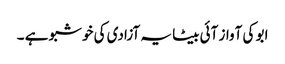
ابو کی آواز آئی بیٹا یہ آزادی کی خوشبو ہے ۔